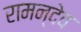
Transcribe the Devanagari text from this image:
रामन्देव